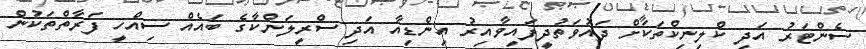
ސެންޓަރު އަދި ކްލިނިކްތަކަށް ދައުވަތުދީފައިވާއިރު އިންޑިއާ އަދި ސްރީލަންކާގެ ބައެއް ސިއްހީ ފަރާތްތަކުން